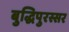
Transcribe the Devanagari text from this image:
बुद्धिपुरस्सर